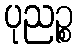
ပုညဉ္စ